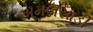
અમલસાડી